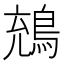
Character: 𪁇